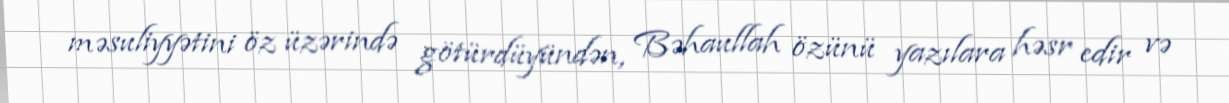
məsuliyyətini öz üzərində götürdüyündən, Bəhaullah özünü yazılara həsr edir və